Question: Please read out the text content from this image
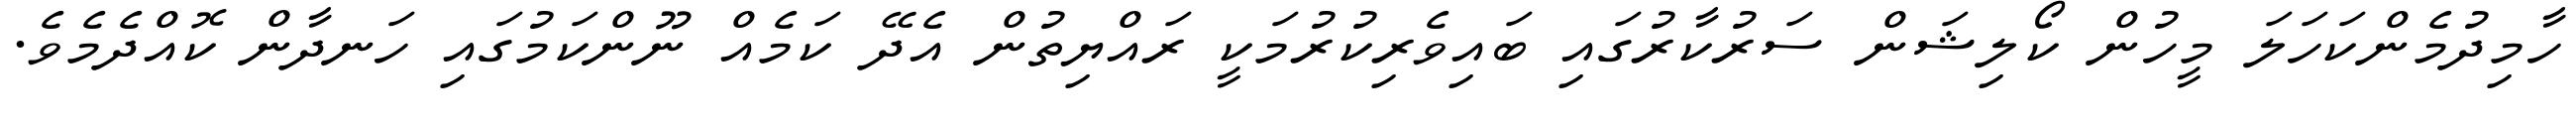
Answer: ހާމިދުމެންކަހަލަ މީހުން ކޯލިޝަން ސަރުކާރުގައި ބައިވެރިކުރުމަކީ ރައްޔިތުން އެދޭ ކަމެއް ނޫންކަމުގައި ހަނދާން ކޮއްދެމެވެ.